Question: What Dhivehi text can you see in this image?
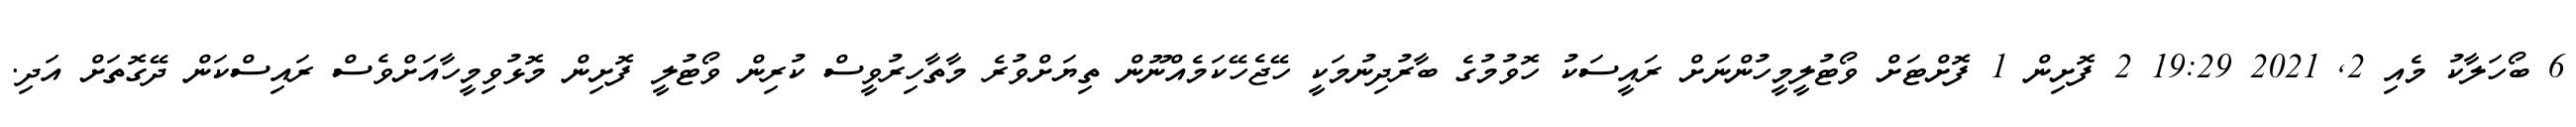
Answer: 6 ބޯހަލާކު މެއި 2, 2021 19:29 2 ފޮށިން 1 ފޮށްޓަށް ވޯޓުލީމީހުންނަށް ރައީސަކު ހޮވުމުގެ ބާރުދިނުމަކީ ހޭޖެހޭކަމެއްނޫން ތިޔަށްވުރެ މާތާހިރުވީސް ކުރިން ވޯޓުލީ ފޮށިން މޮޅުވިމީހާއަށްވެސް ރައިސްކަން ދޭގޮތަށް އަދި.